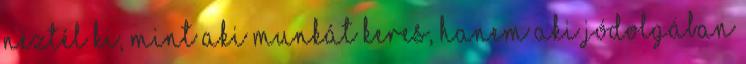
néztél ki, mint aki munkát keres, hanem aki jódolgában